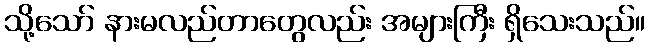
သို့သော် နားမလည်တာတွေလည်း အများကြီး ရှိသေးသည်။